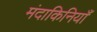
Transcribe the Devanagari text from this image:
मंदाकिनियाँ